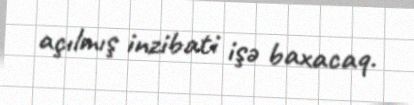
açılmış inzibati işə baxacaq.